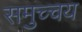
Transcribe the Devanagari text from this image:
समुच्‍चय